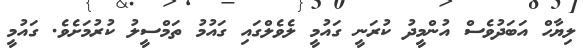
ލިޔާހް އަބަދުވެސް އުންމީދު ކުރަނީ ގައުމީ ލެވެލްގައި ގައުމު ތަމްސީލު ކުރުމަށެވެ. ގައުމީ